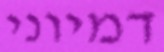
דמיוני